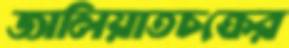
জালিয়াতচক্রের